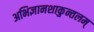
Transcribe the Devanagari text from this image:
अभिज्ञानशाकुन्तलम्‌